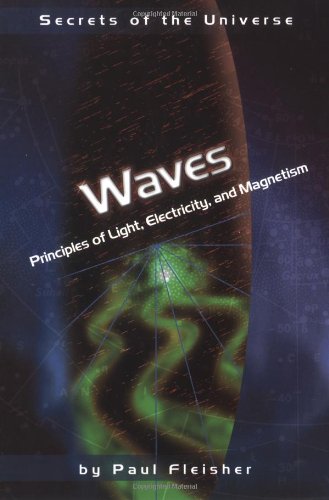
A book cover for Waves: Principles of Light, Electricity, and Magnetism (Secrets of the Universe); Paul Fleisher; Children's Books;